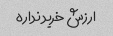
ارزش خرید نداره